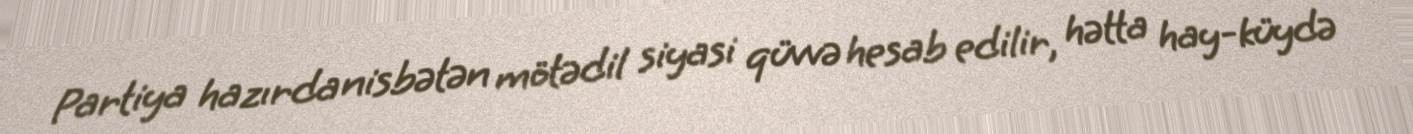
Partiya hazırda nisbətən mötədil siyasi qüvvə hesab edilir, hətta hay-küydə